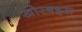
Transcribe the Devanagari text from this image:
खोरबहरा